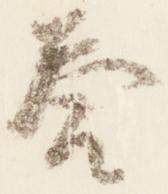
答